Annual administration report of the Civil Veterinary Department of India - 1897-1898
Year: 1897
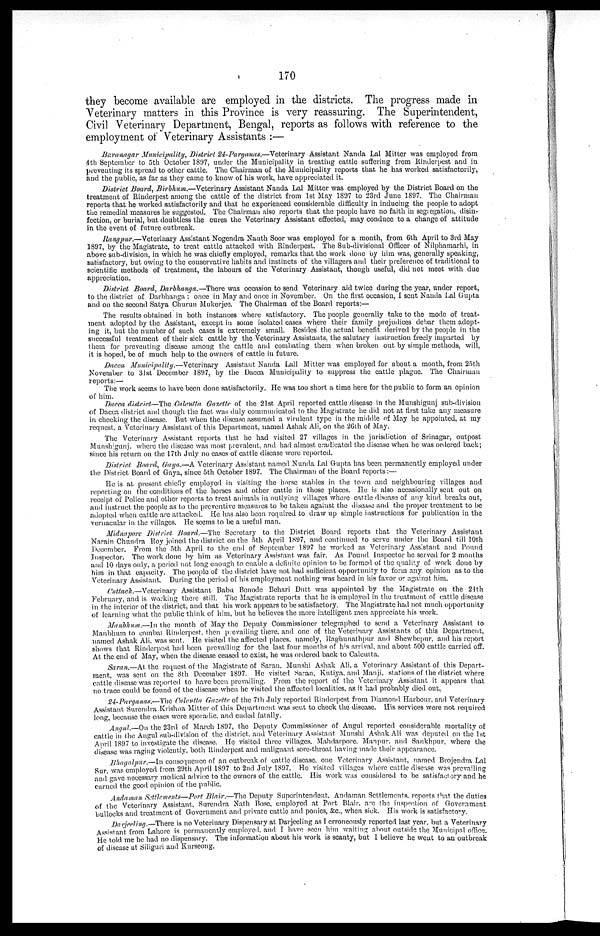
170
they become available are employed in the districts. The progress made in
Veterinary matters in this Province is very reassuring. The Superintendent,
Civil Veterinary Department, Bengal, reports as follows with reference to the
employment of Veterinary Assistants:—
Baranagar Municipality, District 24-Parganas.—Veterinary Assistant Nanda Lal Mitter was employed from
4th September to 5th October 1897, under the Municipality in treating cattle suffering from Rinderpest and in
preventing its spread to other cattle. The Chairman of the Municipality reports that he has worked satisfactorily,
and the public, as far as they came to know of his work, have appreciated it.
District Board, Birbhum.—Veterinary Assistant Nanda Lal Mitter was employed by the District Board on the
treatment of Rinderpest among the cattle of the district from 1st May 1897 to 23rd June 1897. The Chairman
reports that he worked satisfactorily and that he experienced considerable difficulty in inducing the people to adopt
the remedial measures he suggested. The Chairman also reports that the people have no faith in segregation, disin-
fection, or burial, but doubtless the cures the Veterinary Assistant effected, may conduce to a change of attitude
in the event of future outbreak.
Rangpur.—Veterinary Assistant Nogendra Nauth Soor was employed for a month, from 6th April to 3rd May
1897, by the Magistrate, to treat cattle attacked with Rinderpest. The Sub-divisional Officer of Nilphamarhi, in
above sub-division, in which he was chiefly employed, remarks that the work done by him was, generally speaking,
satisfactory, but owing to the conservative habits and instincts of the villagers and their preference of traditional to
scientific methods of treatment, the labours of the Veterinary Assistant, though useful, did not meet with due
appreciation.
District Board, Darbhanga.—There was occasion to send Veterinary aid twice during the year, under report,
to the district of Darbhanga; once in May and once in November. On the first occasion, I sent Nanda Lal Gupta
and on the second Satya Churun Mukerjee. The Chairman of the Board reports:—
The results obtained in both instances where satisfactory. The people generally take to the mode of treat-
ment adopted by the Assistant, except in some isolated cases where their family prejudices debar them adopt-
ing it, but the number of such cases is extremely small. Besides the actual benefit derived by the people in the
successful treatment of their sick cattle by the Veterinary Assistants, the salutary instruction freely imparted by
them for preventing disease among the cattle and combating them when broken out by simple methods, will,
it is hoped, be of much help to the owners of cattle in future.
Dacca Municipality.—Veterinary
Assistant Nanda Lall Mitter was employed for about a month, from 25th
November to 31st December 1897, by the Dacca Municipality to suppress the cattle plague. The Chairman
reports:—
The work seems to have been done satisfactorily. He was too short a time here for the public to form an opinion
of him.
Dacca district—The Calcutta Gazette of the 21st April reported cattle disease in the Munshigunj sub-division
of Dacca district and though the fact was duly communicated to the Magistrate he did not at first take any measure
in checking the disease. But when the disease assumed a virulent type in the middle of May he appointed, at my
request, a Veterinary Assistant of this Department, named Ashak Ali, on the 26th of May.
The Veterinary Assistant reports that he had visited 27 villages in the jurisdiction of Srinagar, outpost
Munshigunj, where the disease was most prevalent, and had almost eradicated the disease when he was ordered back;
since his return on the 17th July no cases of cattle disease were reported.
District Board, Gaya.—A Veterinary Assistant named Nunda Lal Gupta has been permanently employed under
the District Board of Gaya, since 5th October 1897. The Chairman of the Board reports:—
He is at present chiefly employed in visiting the horse stables in the town and neighbouring villages and
reporting on the conditions of the horses and other cattle in those places. He is also accasionally sent out on
receipt of: Police and other reports to treat animals in outlying villages where cattle disease of any kind breaks out,
and instruct the people as to the preventive measures to be taken against the disease and the proper treatment to be
adopted when cattle are attacked. He has also been required to draw up simple instructions for publication in the
vernacular in the villages. He seems to be a useful man.
Midnapore District Board.—The Secretary to the District Board reports that the Veterinary Assistant
Narain Chandra Roy joined the district on the 5th April 1897, and continued to serve under the Board till 10th
December. From the 5th April to the end of September 1897 he worked as Veterinary Assistant and Pound
Inspector. The work done by him as Veterinary Assistant was fair. As Pound Inspector he served for 2 months
and 10 days only, a period not long enough to enable a definite opinion to be formed of the quality of work done by
him in that capacity. The people of the district have not had sufficient opportunity to form any opinion as to the
Veterinary Assistant. During the period of his employment nothing was heard in his favor or against him.
Cuttack.—Veterinary Assistant Babu Benode Behari Dutt was appointed by the Magistrate on the 24th
February, and is working there still. The Magistrate reports that he is employed in the treatment of cattle disease
in the interior of the district, and that his work appears to be satisfactory. The Magistrate had not much opportunity
of learning what the public think of him, but he believes the more intelligent men appreciate his work.
Manbhum.—In the month of May the Deputy Commissioner telegraphed to send a Veterinary Assistant to
Manbhum to combat Rinderpest, then prevailing there, and one of the Veterinary Assistants of this Department,
named Ashak Ali, was sent. He visited the affected places, namely, Raghunathpur and Shewbepur, and his report
shows that Rinderpest had been prevailing for the last four months of his arrival, and about 500 cattle carried off.
At the end of May, when the disease ceased to exist, he was ordered back to Calcutta.
Saran.—At the request of the Magistrate of Saran. Munshi Ashak Ali, a Veterinary Assistant of this Depart-
ment, was sent on the 8th December 1897. He visited Saran, Kutiya, and Manji, stations of the district where
cattle disease was reported to have been prevailing. From the report of the Veterinary Assistant it appears that
no trace could be found of the disease when he visited the affected localities, as it had probably died out.
24-Parganas.—The Calcutta Gazette of the 7th July reported Rinderpest from Diamond Harbour, and Veterinary
Assistant Surendra Krishna Mitter of this Department was sent to check the disease. His services were not required
long, because the cases were sporadic, and ended fatally.
Angul.—On the 23rd of March 1897, the Deputy Commissioner of Angul reported considerable mortality of
cattle in the Angul sub-division of the district, and Veterinary Assistant Munshi Ashak Ali was deputed on the 1st
April 1897 to investigate the disease. He visited three villages. Mahdarpore. Manpur. and Sankhpur, where the
disease was raging violently, both Rinderpest and malignant sore-throat having made their appearance.
Bhagalpur.—In consequence of an outbreak of cattle disease, one Veterinary Assistant, named Brojendra Lal
Sur, was employed from 29th April 1897 to 2nd July 1897, He visited villages where cattle disease was prevailing
and gave necessary medical advice to the owners of the cattle. His work was considered to be satisfactory and he
carned the good opinion of the public.
Andaman Settlements—Port Blair.—The Deputy Superintendent, Andaman Settlements, reports that the duties
of the Veterinary Assistant, Surendra Nath Bose, employed at Port Blair, are the inspection of Government
bullocks and treatment of Government and private cattle and ponies, &c., when sick. His work is satisfactory.
Darjeeling.—There is no Veterinary Dispensary at Darjeeling as I erroneously reported last year, but a Veterinary
Assistant from Lahore is permanently employed, and I have seen him waiting about outside the Municipal office.
He told me he had no dispensary. The information about his work is scanty, but I believe he went to an outbreak
of disease at Siliguri and Kurseong.